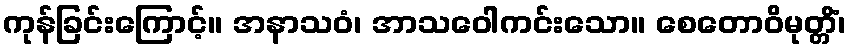
ကုန်ခြင်းကြောင့်။ အနာသဝံ၊ အာသဝေါကင်းသော။ စေတောဝိမုတ္တိံ၊